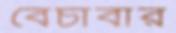
বেচাবার